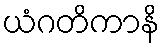
ယံဂတိကာနိ